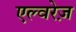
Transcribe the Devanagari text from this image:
एल्वरेज़